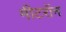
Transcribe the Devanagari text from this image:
मीटरॉन